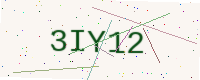
Text: 3IY12